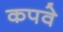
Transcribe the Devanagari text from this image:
कपवे